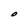
Character: O